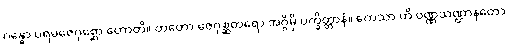
ဂန္ဓော ပရမဇေဂုစ္ဆော ဟောတိ။ တတော ဇေဂုစ္ဆတရော အဂ္ဂိမှိ ပက္ခိတ္တာနံ။ ကေသာ ဟိ ဝဏ္ဏသဏ္ဌာနတော